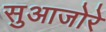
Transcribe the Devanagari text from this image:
सुआजोरे